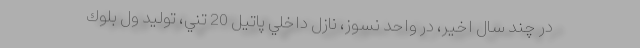
در چند سال اخير، در واحد نسوز، نازل داخلي پاتيل 20 تني، توليد ول بلوك